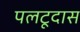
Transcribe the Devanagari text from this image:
पलटूदास